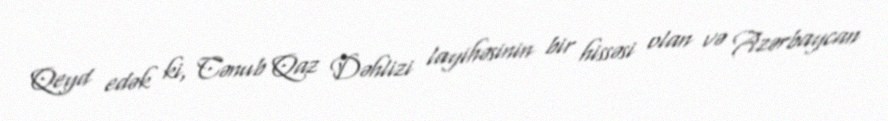
Qeyd edək ki, Cənub Qaz Dəhlizi layihəsinin bir hissəsi olan və Azərbaycan